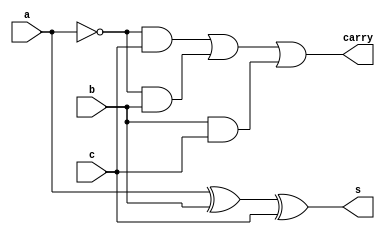
`timescale 1ns / 1ps
//////////////////////////////////////////////////////////////////////////////////
// Company: 
// Engineer: 
// 
// Design Name: 
// Module Name: full_sub
// Project Name: 
// Target Devices: 
// Tool Versions: 
// Description: 
// 
// Dependencies: 
// 
// Revision:
// Revision 0.01 - File Created
// Additional Comments:
// 
//////////////////////////////////////////////////////////////////////////////////


module full_sub(input a,b,c, output s,carry

    );
    
             wire w1,w2,w3;
             wire ab; 
             
xor(s,a,b,c);
not(ab,a);
and(w1,ab,c);
and(w2,ab,b);
and(w3,b,c);

or(carry,w1,w2,w3);
    
endmodule